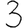
Digit: 3